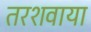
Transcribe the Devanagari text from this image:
तरशवाया